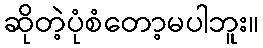
ဆိုတဲ့ပုံစံတော့မပါဘူး။